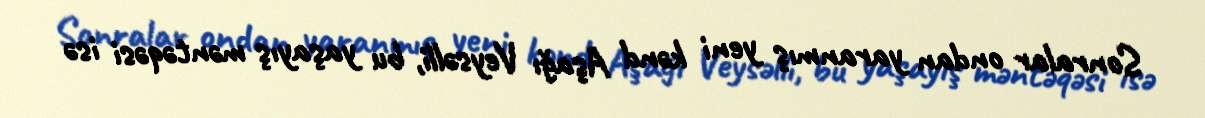
Sonralar ondan yaranmış yeni kənd Aşağı Veysəlli, bu yaşayış məntəqəsi isə